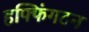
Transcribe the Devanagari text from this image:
हफ्फिंगटन